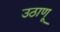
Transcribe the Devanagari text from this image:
उठाणू